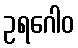
ဥရဂေါဝ